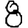
Digit: 8